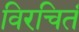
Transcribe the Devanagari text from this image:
विरचितं